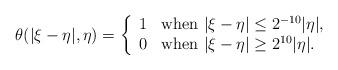
LaTeX: \begin{align*}\theta(|\xi-\eta|, \eta) = \left\{\begin{array}{ll}1 & \textup{when}\,\,|\xi-\eta|\leq 2^{-10} |\eta|,\\0 & \textup{when}\,\, |\xi-\eta| \geq 2^{10} |\eta|.\\\end{array}\right.\end{align*}